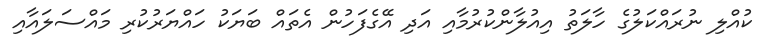
ކުއްލި ނުރައްކަލުގެ ހާލަތު އިއުލާންކުރުމާއި އަދި އޭގެފަހުން އެތައް ބަޔަކު ހައްޔަރުކުރި މައްސަލައާއި